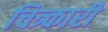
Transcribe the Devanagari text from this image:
चित्र्कारी